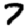
Digit: 7